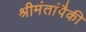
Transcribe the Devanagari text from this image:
श्रीमंतांपैकी